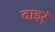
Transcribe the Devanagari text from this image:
दाइर्ं